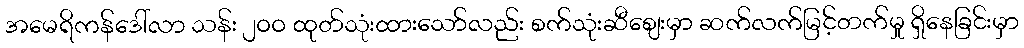
အမေရိကန်ဒေါ်လာ သန်း ၂၀၀ ထုတ်သုံးထားသော်လည်း စက်သုံးဆီစျေးမှာ ဆက်လက်မြင့်တက်မှု ရှိနေခြင်းမှာ